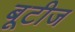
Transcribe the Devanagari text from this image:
बूटीज